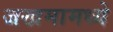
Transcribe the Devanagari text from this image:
जखमामध्ये